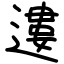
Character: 遱